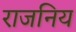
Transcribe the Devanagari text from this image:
राजनिय